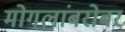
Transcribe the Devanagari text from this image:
मोगलांबरोबर